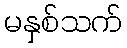
မနှစ်သက်